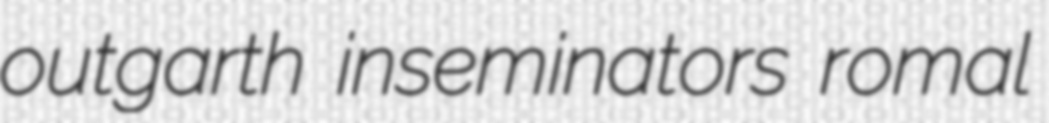
outgarth inseminators romal